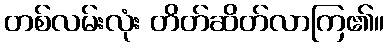
တစ်လမ်းလုံး တိတ်ဆိတ်လာကြ၏။